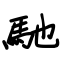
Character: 馳